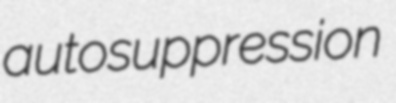
autosuppression